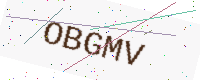
Text: OBGMV